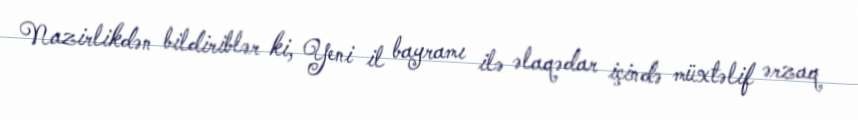
Nazirlikdən bildiriblər ki, Yeni il bayramı ilə əlaqədar içində müxtəlif ərzaq